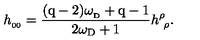
h _ { _ { 0 0 } } = { \frac { ( \mathrm { q - 2 } ) \omega _ { _ \mathrm { D } } + \mathrm { q - 1 } } { 2 \omega _ { \mathrm { D } } + 1 } } h _ { \ \rho } ^ { \rho } .